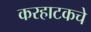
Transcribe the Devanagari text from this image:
करहाटकचे